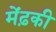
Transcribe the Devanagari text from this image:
मेंढ़की